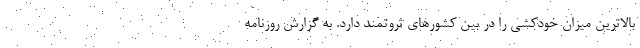
بالاترین میزان خودکشی را در بین کشورهای ثروتمند دارد. به گزارش روزنامه